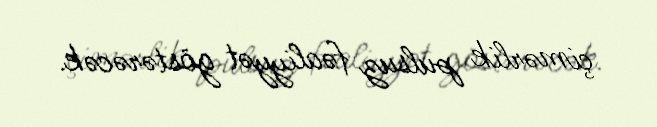
çimərlik pulsuz fəaliyyət göstərəcək.